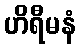
ဟိရီမနံ